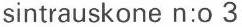
sintrauskone n:o 3